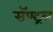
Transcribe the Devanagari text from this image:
सॅण्ट्रल